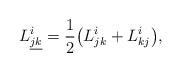
LaTeX: \begin{align*} L^i_{\underline{jk}}=\frac12\big(L^i_{jk}+L^i_{kj}\big), \end{align*}